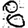
Digit: 8